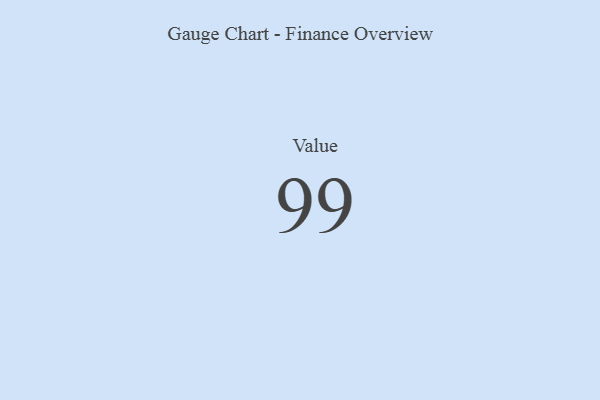
{"axis": {"x": "Metric", "y": "Value"}, "legend": [""], "data": [{"x": "Value", "y": 99, "type": ""}]}